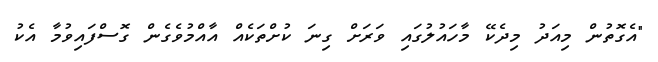
"އެގޮތުން މިއަދު މިދެކޭ މާހައުލުގައި ވަރަށް ގިނަ ކުށްތަކެއް އާއްމުވެގެން ގޮސްފައިވުމާ އެކު